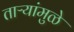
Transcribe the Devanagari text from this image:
ताऱ्यांमुळे